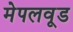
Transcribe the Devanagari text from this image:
मेपलवूड